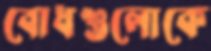
বোধগুলোকে